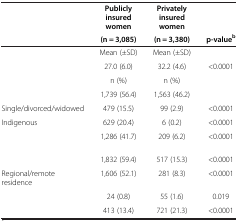
<table><thead><tr><td rowspan="2">[EMPTY_CELL]</td><td><b>Publicly insured women</b></td><td><b>Privately insured women</b></td><td>[EMPTY_CELL]</td></tr><tr><td><b>(n = 3,085)</b></td><td><b>(n = 3,380)</b></td><td><b>p-value<sup>b</sup></b></td></tr></thead><tbody><tr><td>[EMPTY_CELL]</td><td>Mean (±SD)</td><td>Mean (±SD)</td><td>[EMPTY_CELL]</td></tr><tr><td>[EMPTY_CELL]</td><td>27.0 (6.0)</td><td>32.2 (4.6)</td><td>&lt;0.0001</td></tr><tr><td>[EMPTY_CELL]</td><td>n (%)</td><td>n (%)</td><td>[EMPTY_CELL]</td></tr><tr><td>[EMPTY_CELL]</td><td>1,739 (56.4)</td><td>1,563 (46.2)</td><td>[EMPTY_CELL]</td></tr><tr><td>Single/divorced/widowed</td><td>479 (15.5)</td><td>99 (2.9)</td><td>&lt;0.0001</td></tr><tr><td>Indigenous</td><td>629 (20.4)</td><td>6 (0.2)</td><td>&lt;0.0001</td></tr><tr><td>[EMPTY_CELL]</td><td>1,286 (41.7)</td><td>209 (6.2)</td><td>&lt;0.0001</td></tr><tr><td>[EMPTY_CELL]</td><td>1,832 (59.4)</td><td>517 (15.3)</td><td>&lt;0.0001</td></tr><tr><td>Regional/remote residence</td><td>1,606 (52.1)</td><td>281 (8.3)</td><td>&lt;0.0001</td></tr><tr><td>[EMPTY_CELL]</td><td>24 (0.8)</td><td>55 (1.6)</td><td>0.019</td></tr><tr><td>[EMPTY_CELL]</td><td>413 (13.4)</td><td>721 (21.3)</td><td>&lt;0.0001</td></tr></tbody></table>